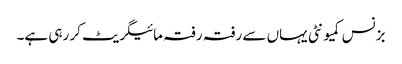
بزنس کمیونٹی یہاں سے رفتہ رفتہ مائیگریٹ کر رہی ہے۔